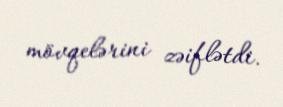
mövqelərini zəiflətdi.